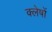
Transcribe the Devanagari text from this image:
क्लेषों